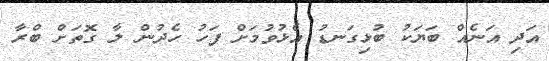
އަދި އަނެއް ބަޔަކު ބުޅިގަނޑު އެޅުވުމަށް ފަހު ހެދުން ލާ ގޮތަށް ބްރާ